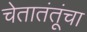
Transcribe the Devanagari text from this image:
चेतातंतूंचा